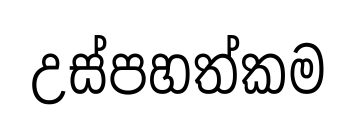
උස්පහත්කම